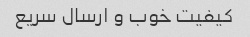
کیفیت خوب و‌ ارسال سریع